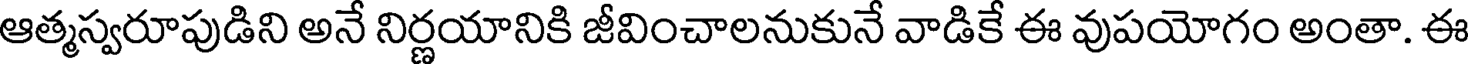
ఆత్మస్వరూపుడిని అనే నిర్ణయానికి జీవించాలనుకునే వాడికే ఈ వుపయోగం అంతా. ఈ